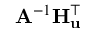
\mathbf { A } ^ { - 1 } \mathbf { H } _ { \mathbf { u } } ^ { \top }